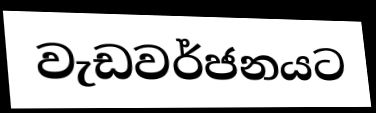
වැඩවර්ජනයට